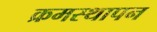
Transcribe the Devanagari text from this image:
क्रमस्थापन